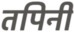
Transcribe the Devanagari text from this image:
तपिनी